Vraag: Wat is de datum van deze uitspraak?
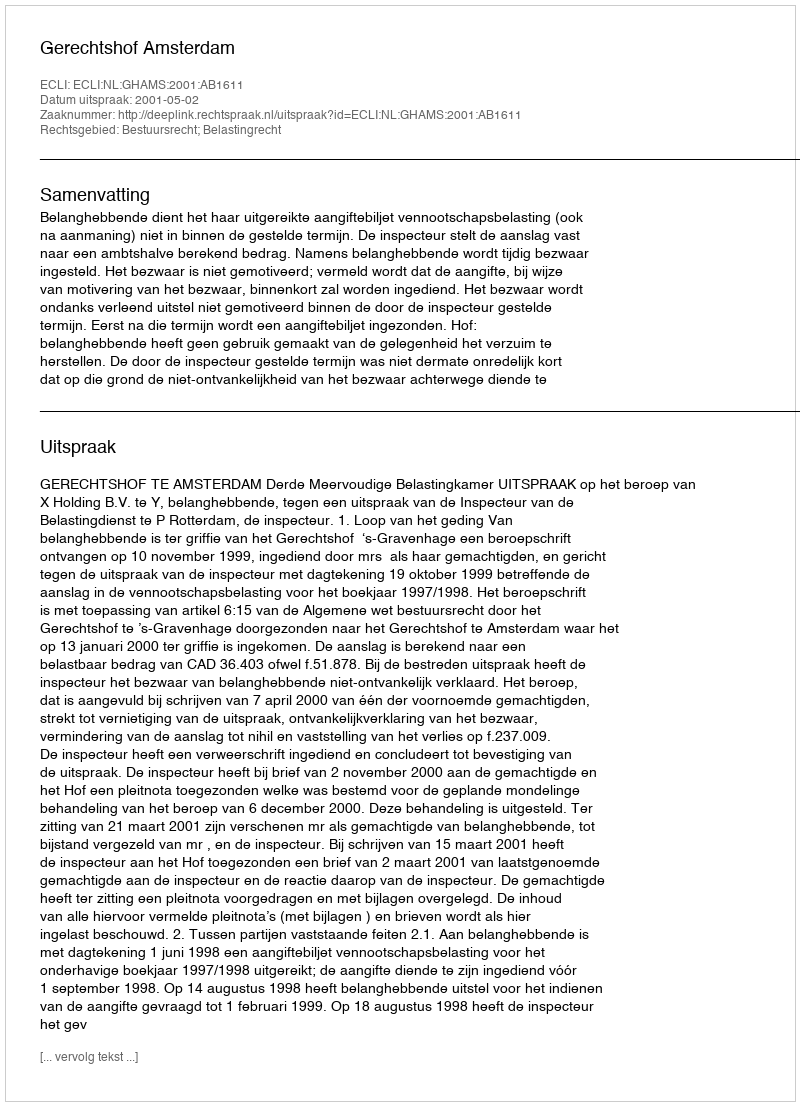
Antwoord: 2001-05-02